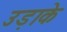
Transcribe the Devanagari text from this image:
उड़ाके